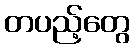
တပည့်တွေ